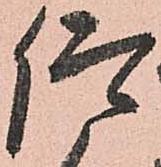
仰